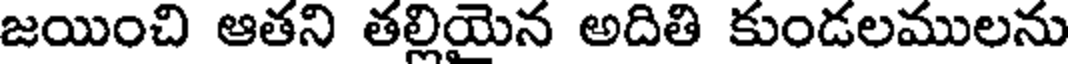
జయించి ఆతని తల్లియైన అదితి కుండలములను